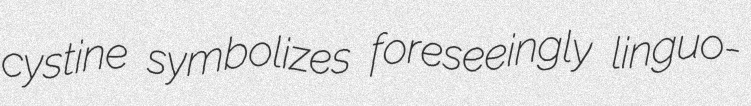
cystine symbolizes foreseeingly linguo-